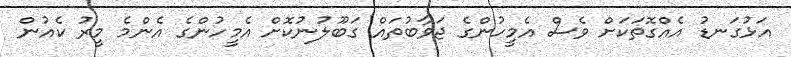
އަޅުގަނޑު އެއްގޮތަކަށް ވެސް އެމީހުންގެ ޖަވާބުތައް ގަބޫލުނުކޮށް އެމީހުންގެ އެންމެ މީރު ކެއުން